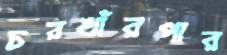
চরখাঁরপার